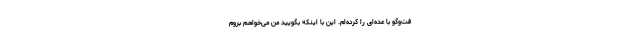
فت‌وگو با عده‌ای را کرده‌ام. این با اینکه بگویید من می‌خواهم بروم